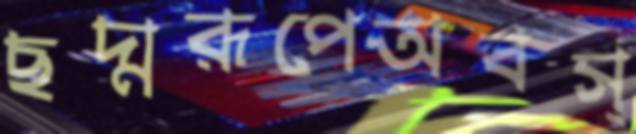
ছদ্মরূপেঅবস্